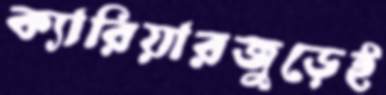
ক্যারিয়ারজুড়েই